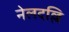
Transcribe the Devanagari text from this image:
नेलदल्लि